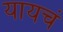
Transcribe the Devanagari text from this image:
यायचं